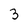
Character: 3